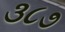
૩૮૭